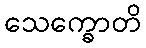
သေက္ခောတိ